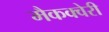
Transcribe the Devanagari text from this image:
मैकक्वेरी